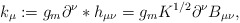
\begin{align*}k_\mu := g_m \partial^\nu *h_{\mu\nu} = g_m K^{1/2} \partial^\nu B_{\mu\nu} ,\end{align*}